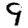
Digit: 9